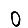
Digit: 0